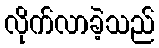
လိုက်လာခဲ့သည်